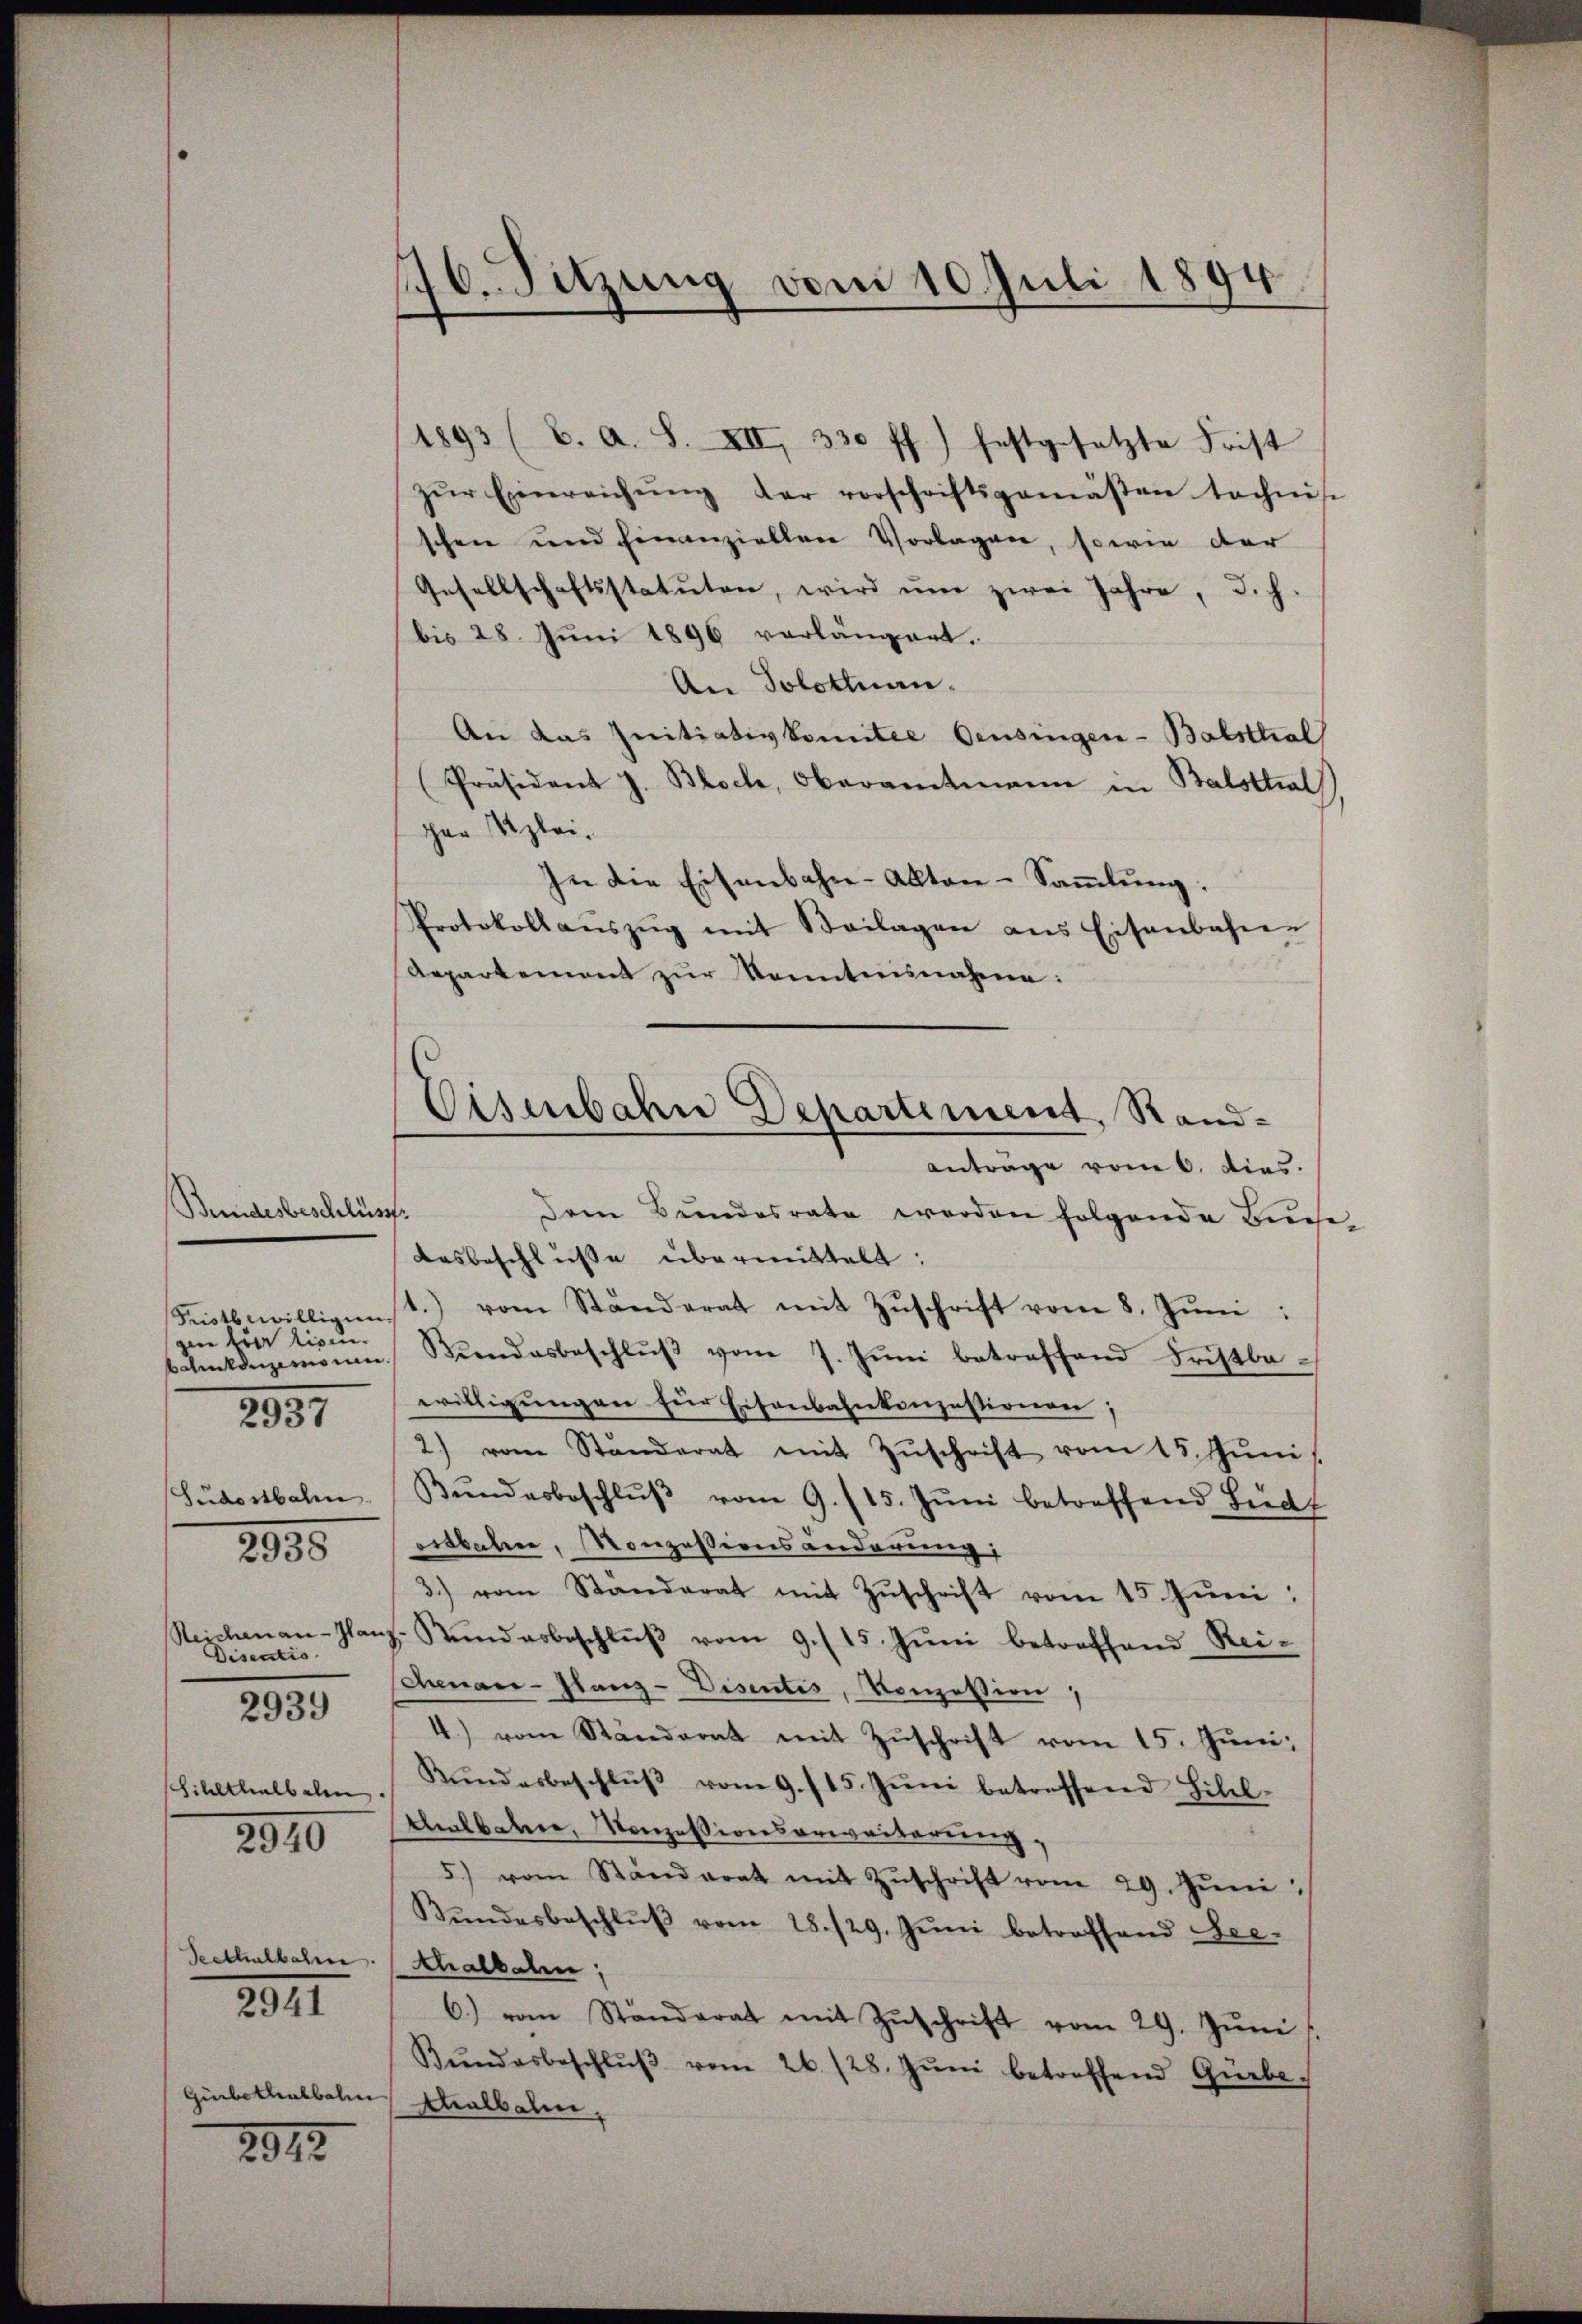
Bundesbeschluss.
Fristbewilligung
gen der Eisen.
batruldigemon
Südostbahn
2938
Seichenau-Glan
Disentio
2939
Zihlthalbele.
2840

2937

Seethalbahren.
Gürbethalbahn

2941

2812.

176. Sitzung von 10. Juli 1894

Eisenbahn Departement, Randanträge vom 6. dies.
Dem Bundesrate werden folgende Buche¬

1893 (b. A. S. XII, 330 ff.) festgesetzte Frist
zŭr Einreichŭng der vorschriftsgemäβen technis
schen und einanziellen Vorlagen, sowie der
Gesellschaftsstatuten, wird ŭm zwei Jahre, d. h.
bis 28. Juni 1896 vorlängert.
An Solothurn.
An das Initiativkomitee Censingen-Balsttial
Präsident J. Bloch, Oberamtmann in Balsthal
ger glei¬
In die Eisenbahn-Akten-Sammlung:
Protokollaŭszŭg mit Beilagen ans Eisenbahn-
Repartement zŭr Kenntnisnahme:
desbeschlusse übermittelt:
st.) vom Standerat mit Zŭschrift vom 8. Jŭni:
Bŭndesbeschlŭβ vom 7. Jŭni betreffend Fristbe-
willigungen für Eisenbahnkonzestionen
2) vom Standerat mit Zŭschrift vom 15. Jŭni
Bŭndesbeschlŭβ vom 9. 115. Jŭni betreffend Ludt
ordbahne, Konzessionsänderung,
3.) vom Ständerat mit Zŭschrift vom 15. Jŭni:
. Rŭndarbeschlŭβ vom 9. 15. Jŭni betreffend Rei-
Cenace-Glanz-Disentis, Konzession
4.) vom Ständerat mit Zŭschrift vom 15. Jŭni
Kŭndesbeschlŭβ vom 9. 115. Jŭni betreffend Bibel-
thalbahn, Konzessionserweiterung
5) vom Standerat mit Zŭschrift vom 29. Jŭni
Bŭndesbeschlŭβ vom 28./29. Jŭni betroffend See-
schallaten;
6.) vom Ständerat mit Zŭschrift vom 29. Jŭni
Bŭndesbeschlŭβ vom 26. 128. Jŭni betreffend Gürbe,
Malbalm,